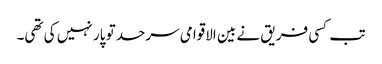
تب کسی فریق نے بین الاقوامی سرحد تو پار نہیں کی تھی۔